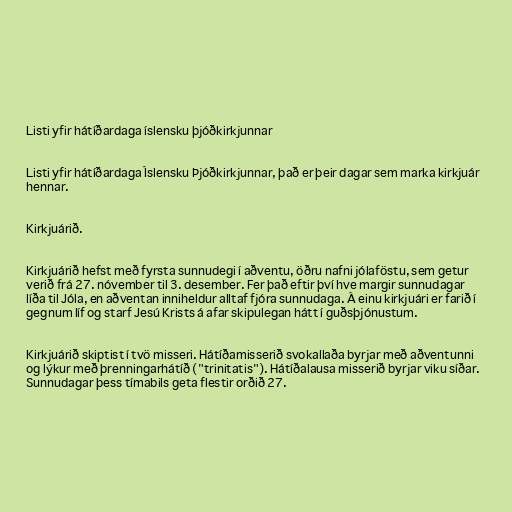
Listi yfir hátíðardaga íslensku þjóðkirkjunnar

Listi yfir hátíðardaga Íslensku Þjóðkirkjunnar, það er þeir dagar sem marka kirkjuár
hennar.

Kirkjuárið.

Kirkjuárið hefst með fyrsta sunnudegi í aðventu, öðru nafni jólaföstu, sem getur
verið frá 27. nóvember til 3. desember. Fer það eftir því hve margir sunnudagar
líða til Jóla, en aðventan inniheldur alltaf fjóra sunnudaga. Á einu kirkjuári er farið í
gegnum líf og starf Jesú Krists á afar skipulegan hátt í guðsþjónustum.

Kirkjuárið skiptist í tvö misseri. Hátíðamisserið svokallaða byrjar með aðventunni
og lýkur með þrenningarhátíð ("trinitatis"). Hátíðalausa misserið byrjar viku síðar.
Sunnudagar þess tímabils geta flestir orðið 27.